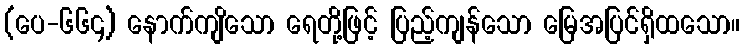
(ပေ-၆၆၄) နောက်ကျိသော ရေတို့ဖြင့် ပြည့်ကျန်သော မြေအပြင်ရှိထသော။